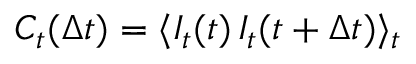
C _ { t } ( \Delta t ) = \langle I _ { t } ( t ) \, I _ { t } ( t + \Delta t ) \rangle _ { t }